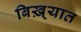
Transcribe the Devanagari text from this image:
बिख़्यात